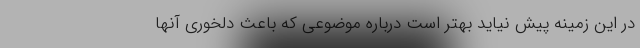
در این زمینه پیش نیاید بهتر است درباره موضوعی که باعث دلخوری آنها